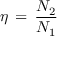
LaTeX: \eta \, = \, \frac { N _ { 2 } } { N _ { 1 } }